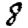
Digit: 8